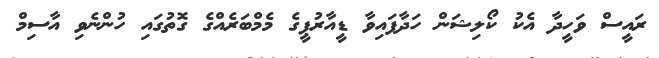
ރައީސް ވަހީދާ އެކު ކޯލިޝަން ހަދާފައިވާ ޑީއާރުޕީގެ މެމްބަރެއްގެ ގޮތުގައި ހުންނެވި އާސިމް